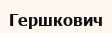
Гершкович